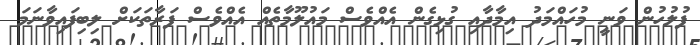
ފުލުހުން ވަނީ މުހައްމަދު އިމާދާއި ގުޅިގެން އެއްވެސް މައުލޫމާތެއް އެއްވެސް ފަރާތަކަށް ލިބިފައިވާނަމަ